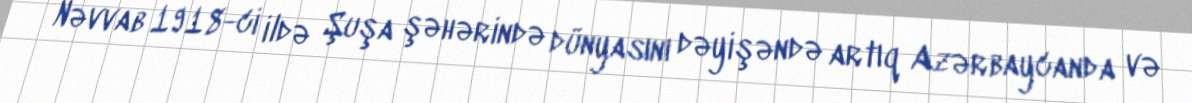
Nəvvab 1918-ci ildə Şuşa şəhərində dünyasını dəyişəndə artıq Azərbaycanda və